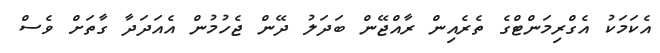
އެކަމަކު އެގްރިމަންޓްގެ ތެރެއިން ރާއްޖޭން ބަދަލު ދޭން ޖެހުމުން އެއަދަދާ ގާތަށް ވެސް